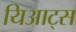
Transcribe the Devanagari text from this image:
यिआट्स